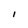
Character: l